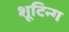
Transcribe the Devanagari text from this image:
शूटिन्ग